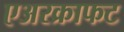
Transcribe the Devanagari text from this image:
एअरक्राफट